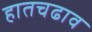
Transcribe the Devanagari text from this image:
हातचढाव